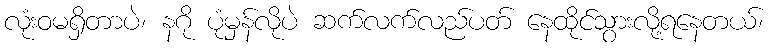
လုံးဝမရှိတာပဲ၊ နဂို ပုံမှန်လိုပဲ ဆက်လက်လည်ပတ် နေထိုင်သွားလို့ရနေတယ်၊